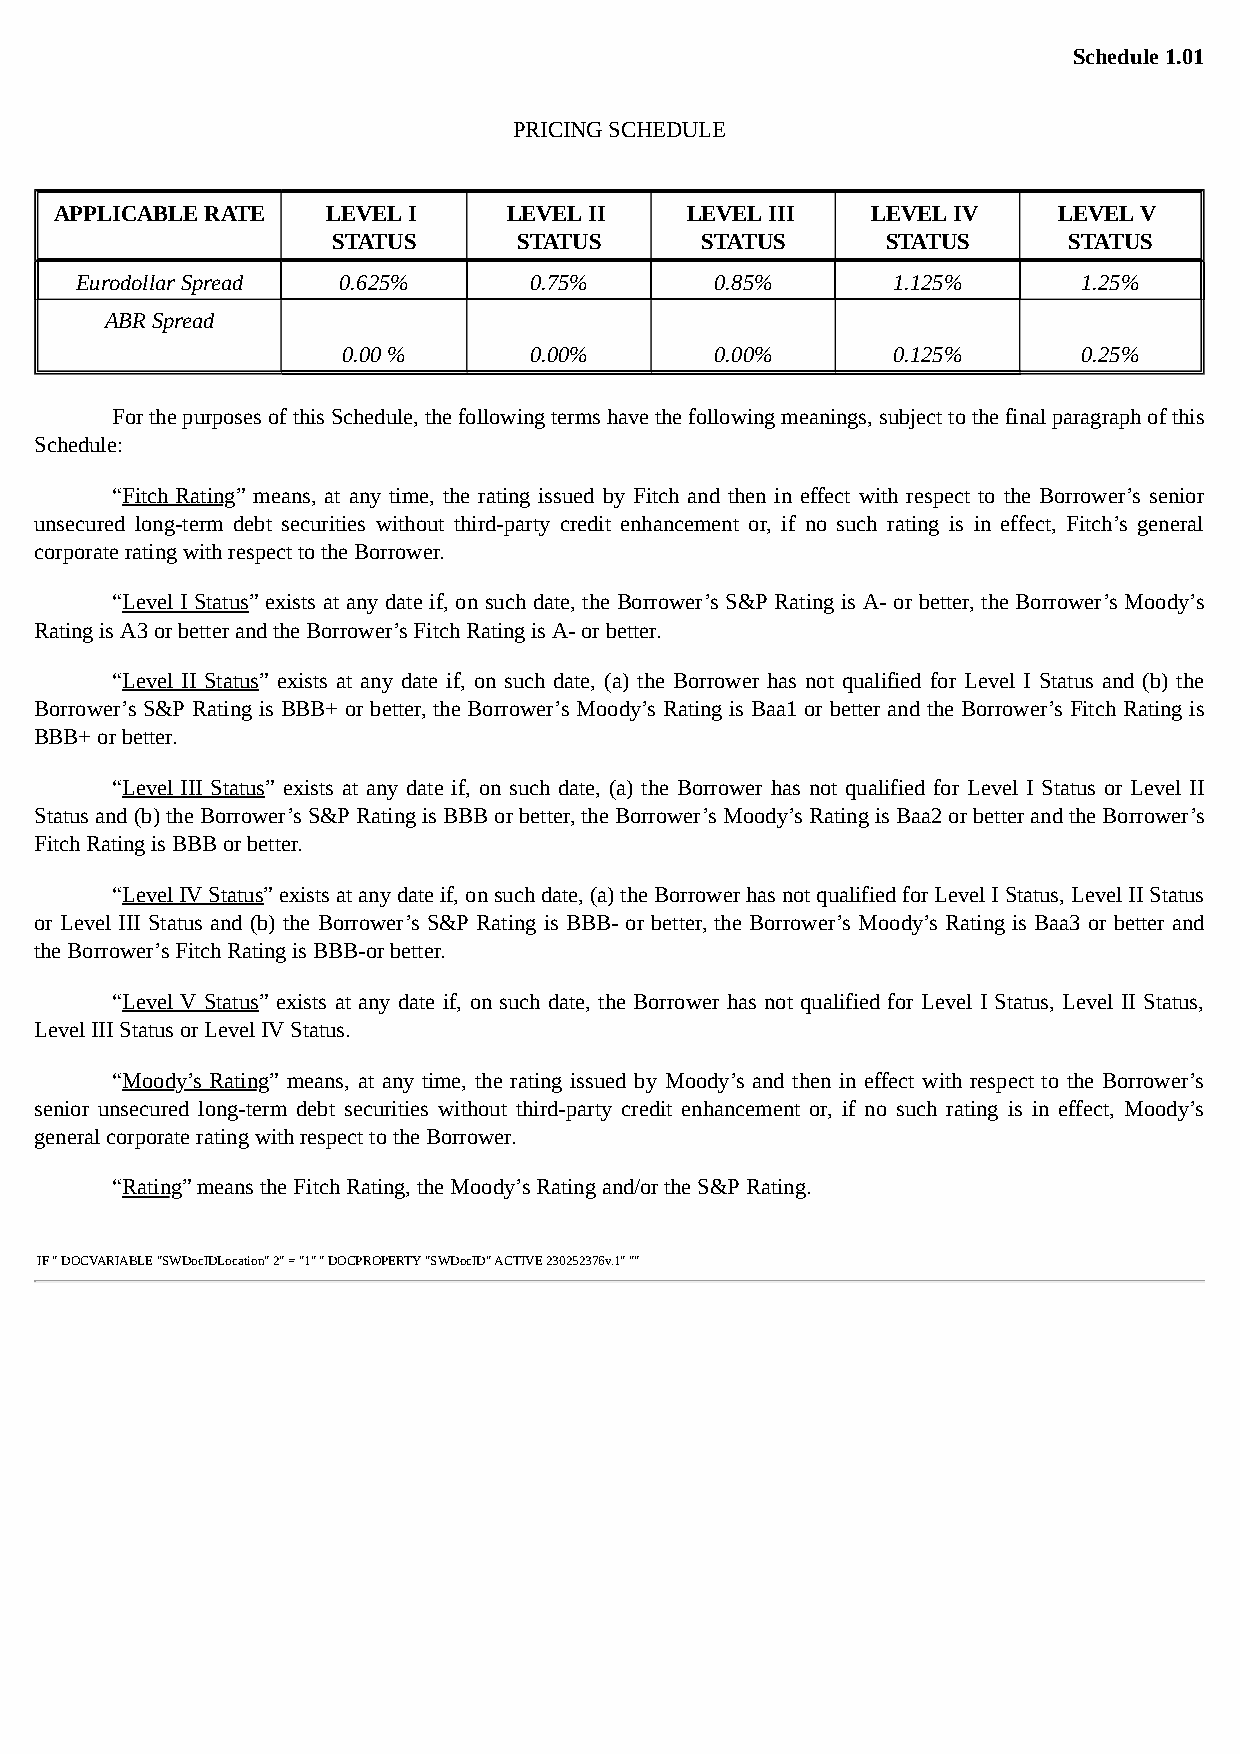
Schedule 1.01
 PRICING SCHEDULE
 APPLICABLE RATE   LEVEL I     LEVEL II   LEVEL III    LEVEL IV    LEVEL V
 STATUS      STATUS      STATUS       STATUS      STATUS
 Eurodollar Spread 0.625%      0.75%       0.85%       1.125%       1.25%
 ABR Spread
 0.00 %      0.00%       0.00%       0.125%       0.25%
 For the purposes of this Schedule, the following terms have the following meanings, subject to the final paragraph of this
 Schedule:
 “Fitch Rating” means, at any time, the rating issued by Fitch and then in effect with respect to the Borrower’s senior
 unsecured long-term debt securities without third-party credit enhancement or, if no such rating is in effect, Fitch’s general
 corporate rating with respect to the Borrower.
 “Level I Status” exists at any date if, on such date, the Borrower’s S&P Rating is A- or better, the Borrower’s Moody’s
 Rating is A3 or better and the Borrower’s Fitch Rating is A- or better.
 “Level II Status” exists at any date if, on such date, (a) the Borrower has not qualified for Level I Status and (b) the
 Borrower’s S&P Rating is BBB+ or better, the Borrower’s Moody’s Rating is Baa1 or better and the Borrower’s Fitch Rating is
 BBB+ or better.
 “Level III Status” exists at any date if, on such date, (a) the Borrower has not qualified for Level I Status or Level II
 Status and (b) the Borrower’s S&P Rating is BBB or better, the Borrower’s Moody’s Rating is Baa2 or better and the Borrower’s
 Fitch Rating is BBB or better.
 “Level IV Status” exists at any date if, on such date, (a) the Borrower has not qualified for Level I Status, Level II Status
 or Level III Status and (b) the Borrower’s S&P Rating is BBB- or better, the Borrower’s Moody’s Rating is Baa3 or better and
 the Borrower’s Fitch Rating is BBB-or better.
 “Level V Status” exists at any date if, on such date, the Borrower has not qualified for Level I Status, Level II Status,
 Level III Status or Level IV Status.
 “Moody’s Rating” means, at any time, the rating issued by Moody’s and then in effect with respect to the Borrower’s
 senior unsecured long-term debt securities without third-party credit enhancement or, if no such rating is in effect, Moody’s
 general corporate rating with respect to the Borrower.
 “Rating” means the Fitch Rating, the Moody’s Rating and/or the S&P Rating.
 IF " DOCVARIABLE "SWDocIDLocation" 2" = "1" " DOCPROPERTY "SWDocID" ACTIVE 230252376v.1" ""